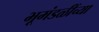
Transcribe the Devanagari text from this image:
भूमंडळींच्या